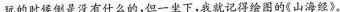
玩的时候倒是没有什么的，但一坐下，我就记得绘图的《山海经》